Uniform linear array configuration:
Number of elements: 16
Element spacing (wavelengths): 1
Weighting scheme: binomial
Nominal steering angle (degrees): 60
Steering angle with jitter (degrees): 59.497
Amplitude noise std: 0.05
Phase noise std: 0.05

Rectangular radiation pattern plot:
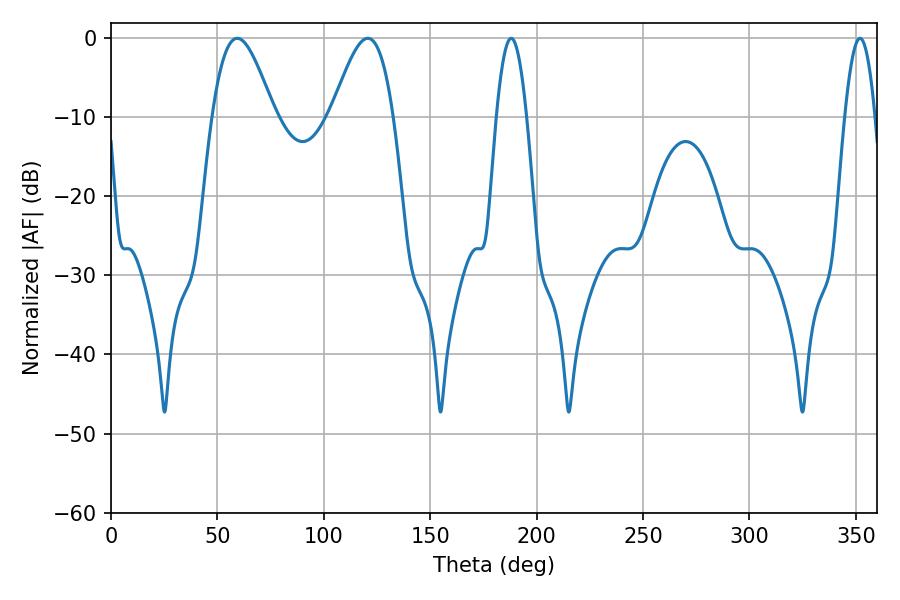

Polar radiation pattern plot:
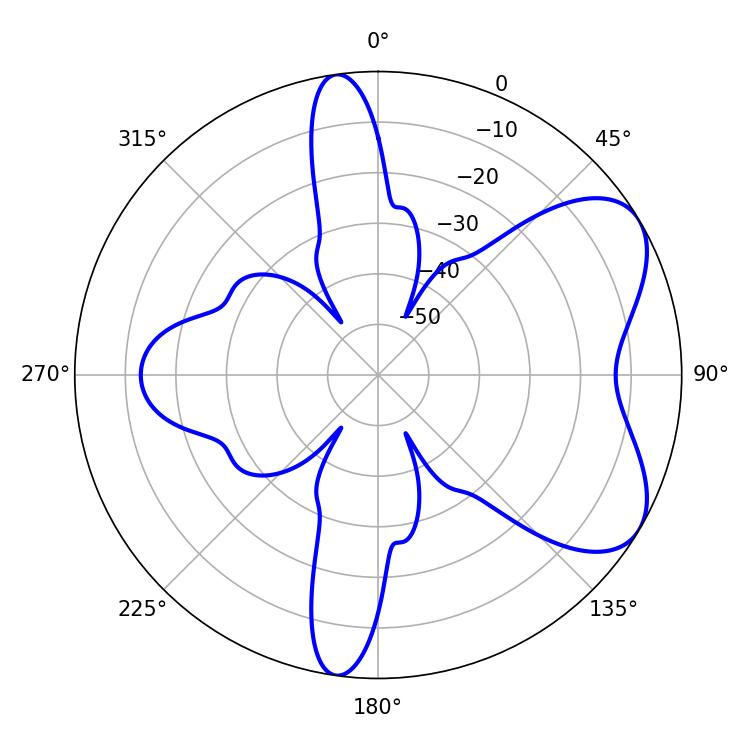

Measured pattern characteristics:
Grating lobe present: TRUE
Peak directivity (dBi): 6.205
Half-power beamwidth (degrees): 15.66
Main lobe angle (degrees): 59.4